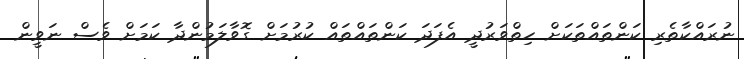
ނުރައްކާތެރި ކަންތައްތަކަށް ހިތްވަރުދީ އެފަދަ ކަންތައްތައް ކުރުމަށް ގޮވާލަމުންދާ ކަމަށް ވެސް ނަވީން